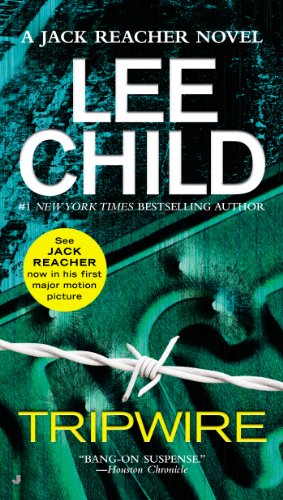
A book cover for Tripwire: A Jack Reacher Novel; Lee Child; Mystery, Thriller & Suspense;